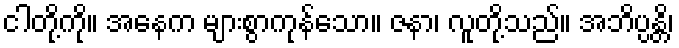
ငါတို့ကို။ အနေက များစွာကုန်သော။ ဇနာ၊ လူတို့သည်။ အဘိပ္ပန္တိ၊